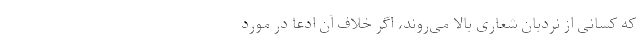
که کسانی از نردبان شعارِی بالا می‌روند، اگر خلاف آن ادعا در مورد